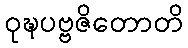
ဝုဍ္ဎပဗ္ဗဇိတောတိ